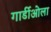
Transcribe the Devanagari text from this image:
गार्डीओला